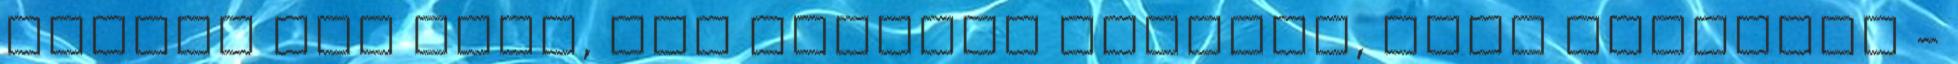
termék azé lesz, aki először jelezte, hogy szeretné -